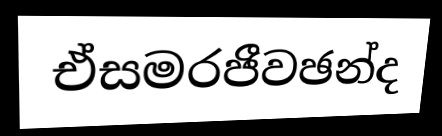
ඒසමරජීවඡන්ද